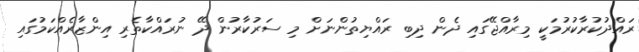
ރައްދުކުރާކުރުމަކީ މިރާއްޖޭގައި ދެން ދިބި ރައްޔިތުންނަށް މި ސަރުކާރުން ދޭ ނުރައްކާތެރި އިންޒާރެއްކަމުގައި